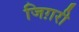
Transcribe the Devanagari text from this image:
जिग़री